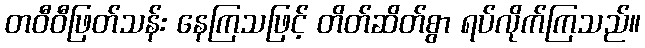
တဝီဝီဖြတ်သန်း နေကြသဖြင့် တိတ်ဆိတ်စွာ ရပ်လိုက်ကြသည်။